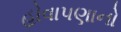
હોવાપણાનો